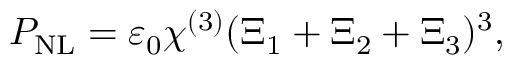
P _ { \mathrm { N L } } = \varepsilon _ { 0 } \chi ^ { ( 3 ) } ( \Xi _ { 1 } + \Xi _ { 2 } + \Xi _ { 3 } ) ^ { 3 } ,